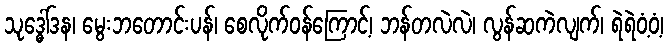
သုဒ္ဓေါ်ဒန၊ မွေးဘတောင်းပန်၊ စေလိုက်ဝန်ကြောင့်၊ ဘန်တလဲလဲ၊ လွန်ဆကဲလျက်၊ ရဲရဲဝံ့ဝံ့၊